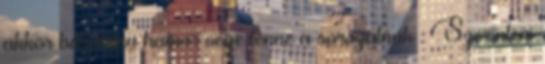
akkor baromira hamar vége lenne a sorozatnak : Szerintem